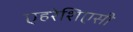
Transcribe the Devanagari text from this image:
एहरेशिएसी